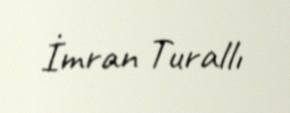
İmran Turallı